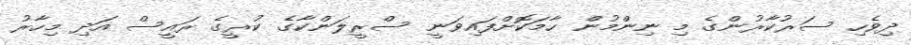
ދިވެހި ސަރުކާރުންގެ މި ނިންމުން ހާމަކޮށްފައިވަނީ ސްރީލަންކާގެ ކުރީގެ ރައީސް އަދި މިހާރު